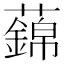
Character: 𧃃